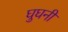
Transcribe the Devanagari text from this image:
घुघनी